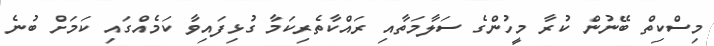
މިސްކިތް ބޭނުން ކުރާ މީހުންގެ ސަލާމަތާއި ރައްކާތެރިކަމާ ގުޅިފައިވާ ކަމެއްގައި ކަމަށް ބުނެ